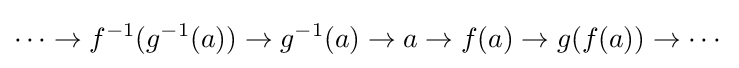
\cdots \rightarrow f^{-1}(g^{-1}(a))\rightarrow g^{-1}(a)\rightarrow a\rightarrow f(a)\rightarrow g(f(a))\rightarrow \cdots